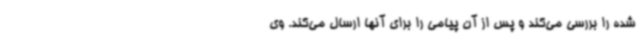
شده را بررسی می‌کند و پس از آن پیامی را برای آنها ارسال می‌کند. وی